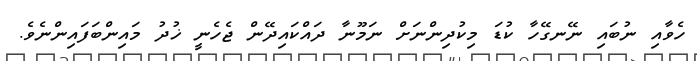
ހެވާއި ނުބައި ނޭނގޭހާ ކުޑަ މިކުދިންނަށް ނަމޫނާ ދައްކައިދޭން ޖެހެނީ ޚުދު މައިންބަފައިންނެވެ.